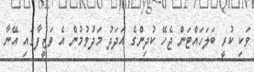
ވަކި ކުރީ ބަލަހައްޓަން ޖެހޭ ކުދިންގެ އަދަދު މަދުވުމުން އެ ވަޒީފާގައި އޭނާ